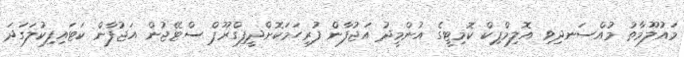
މައުލޫމާތު މުއްސަނދިވި އޮލިމްޕިކް ކޮމިޓީގެ އުންމީދު އަޖުފާން ފުރިހަމަކޮށްދީފިގްރޫޕް ސްޓޭޖުން އަޖުފާން ކަޓައިފިކުލަގަދަ